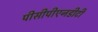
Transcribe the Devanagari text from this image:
पीसीपीएनडीटी